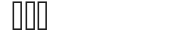
١٦٦